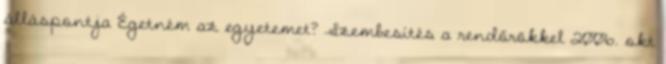
álláspontja Égetném az egyetemet? Szembesítés a rendőrökkel 2006. okt